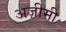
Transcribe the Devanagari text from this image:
अज़ीमी